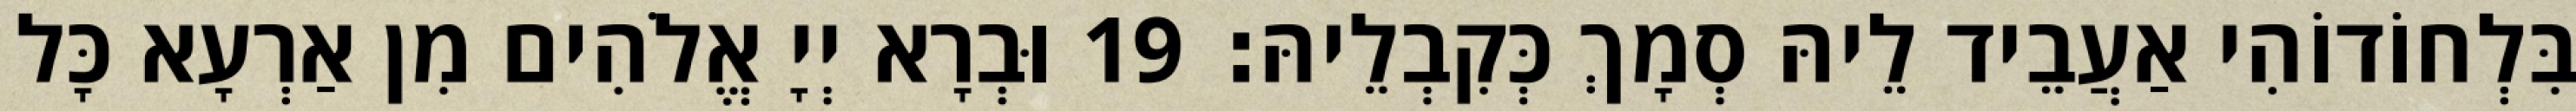
בִּלְחוֹדוֹהִי אַעֲבֵיד לֵיהּ סְמָךְ כְּקִבְלֵיהּ׃ 19 וּבְרָא יְיָ אֱלֹהִים מִן אַרְעָא כָּל